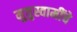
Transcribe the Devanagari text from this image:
मुत्तुस्वामींचे